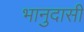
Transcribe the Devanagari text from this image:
भानुदासीं